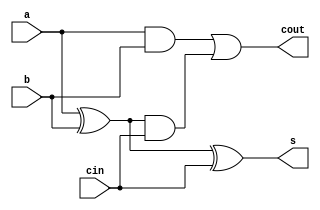
module fulladder(a, b, cin, s, cout);
input a, b, cin;
output s, cout;
wire p, g; // internal nodes
assign p = a ^ b;
assign g = a & b;
assign s = p ^ cin;
assign cout = g | (p & cin);
endmodule